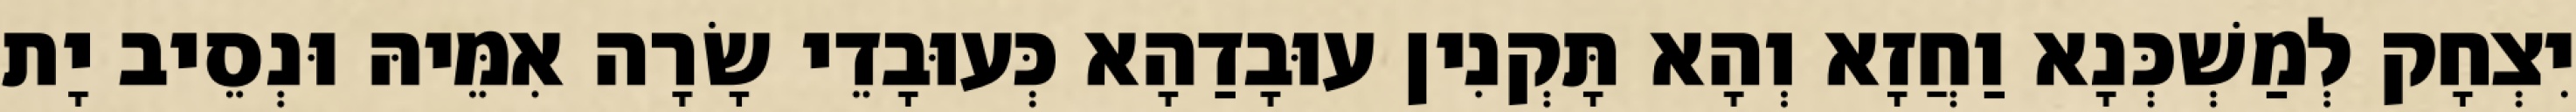
יִצְחָק לְמַשְׁכְּנָא וַחֲזָא וְהָא תָּקְנִין עוּבָדַהָא כְּעוּבָדֵי שָׂרָה אִמֵּיהּ וּנְסֵיב יָת